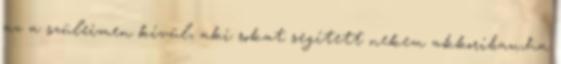
az a szüleimen kívül, aki sokat segített nekem akkoriban,ha